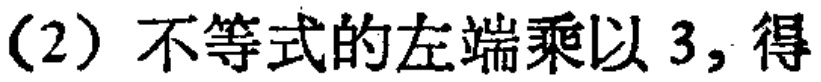
(2) 不等式的左端乘以 3, 得